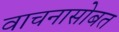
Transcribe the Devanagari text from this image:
वाचनासोबत